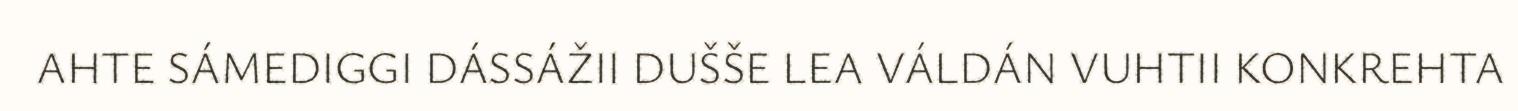
AHTE SÁMEDIGGI DÁSSÁŽII DUŠŠE LEA VÁLDÁN VUHTII KONKREHTA